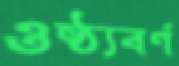
ওষ্ঠ্যবর্ণ